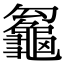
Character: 𪚵